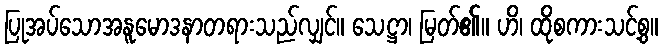
ပြုအပ်သောအနူမောဒနာတရားသည်လျှင်။ သေဋ္ဌာ၊ မြတ်၏။ ဟိ၊ ထိုစကားသင့်စွ။